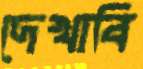
দেখাবি